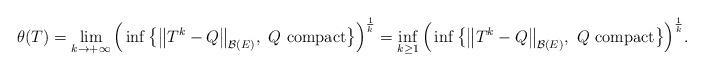
LaTeX: \begin{align*} \theta(T) = \underset{k\to+\infty}{\lim}\, \Big(\inf \big\{ \big\| T^k - Q \big\|_{\mathcal{B}(E)},\ Q \ \mathrm{ compact} \big\}\Big)^{\frac{1}{k}} = \underset{k \geq 1}{\inf}\, \Big(\inf \big\{ \big\| T^k - Q \big\|_{\mathcal{B}(E)},\ Q \ \mathrm{ compact} \big\}\Big)^{\frac{1}{k}}. \end{align*}